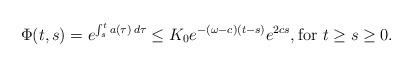
LaTeX: \begin{align*}\Phi(t,s)=e^{\int_{s}^{t}a(\tau)\,d\tau}\leq K_{0}e^{-(\omega-c)(t-s)}e^{2cs}, \textnormal{for $t\geq s\geq 0$}.\end{align*}